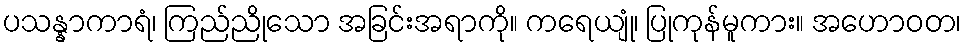
ပသန္နာကာရံ၊ ကြည်ညိုသော အခြင်းအရာကို။ ကရေယျုံ၊ ပြုကုန်မူကား။ အဟောဝတ၊